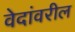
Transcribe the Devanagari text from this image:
वेदांवरील